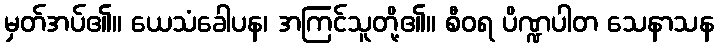
မှတ်အပ်၏။ ယေသံခေါပန၊ အကြင်သူတို့၏။ စီဝရ ပိဏ္ဍပါတ သေနာသန